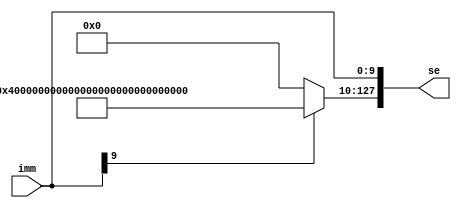

module signextendv (
	output [127:0] se,
	input [9:0] imm
);
	reg [127:0] res;

	assign se = res;
    always @* begin
    	if (imm[9] == 0) begin
    		res[127:10] <= 118'b0;
    	end
    	else begin
    		res[127:10] <= {118{1'b1}}; // This should be checked with a test bench
    	end
    	res[9:0] <= imm;
    end

endmodule